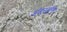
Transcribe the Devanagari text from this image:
अंडरडॉग्स